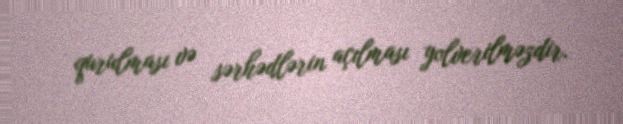
qurulması və sərhədlərin açılması yolverilməzdir.